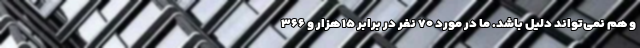
و هم نمی‌تواند دلیل باشد. ما در مورد ۷۰ نفر در برابر ۱۵ هزار و ۳۶۶